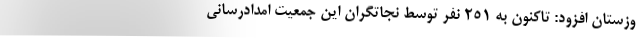
وزستان افزود: تاکنون به ۲۵۱ نفر توسط نجاتگران این جمعیت امدادرسانی